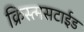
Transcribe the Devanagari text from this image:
क्रिस्त्मसटाईड